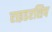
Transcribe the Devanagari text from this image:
राइडरशिप